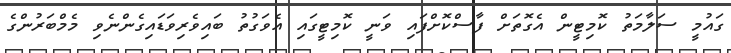
ގައުމީ ސަލާމަތު ކޮމިޓީން އެގޮތަށް ފާސްކޮށްފައި ވަނީ ކޮމިޓީގައި އެވަގުތު ބައިވެރިވަޑައިގެންނެވި މެމްބަރުންގެ